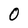
Character: 0